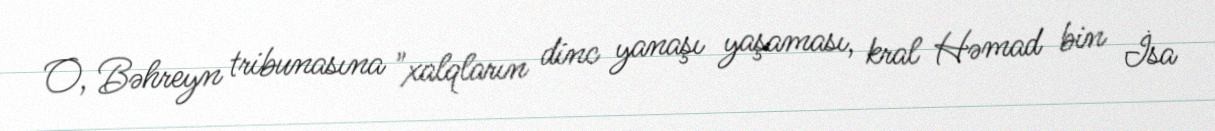
O, Bəhreyn tribunasına "xalqların dinc yanaşı yaşaması, kral Həmad bin İsa